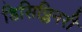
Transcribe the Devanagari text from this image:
डिसिप्लिनरी